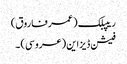
ریپبلک (عمر فاروق)
فیشن ڈیزاین (عروسی) ۔